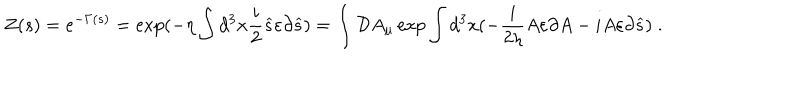
Z ( s ) = e ^ { - \Gamma ( s ) } = \exp ( - \eta \int d ^ { 3 } x \frac i 2 \widehat { s } \varepsilon \partial \widehat { s } ) = \int { \cal D } A _ { \mu } \exp \int d ^ { 3 } x ( - \frac i { 2 \eta } A \varepsilon \partial A - i A \varepsilon \partial \widehat { s } ) \; .